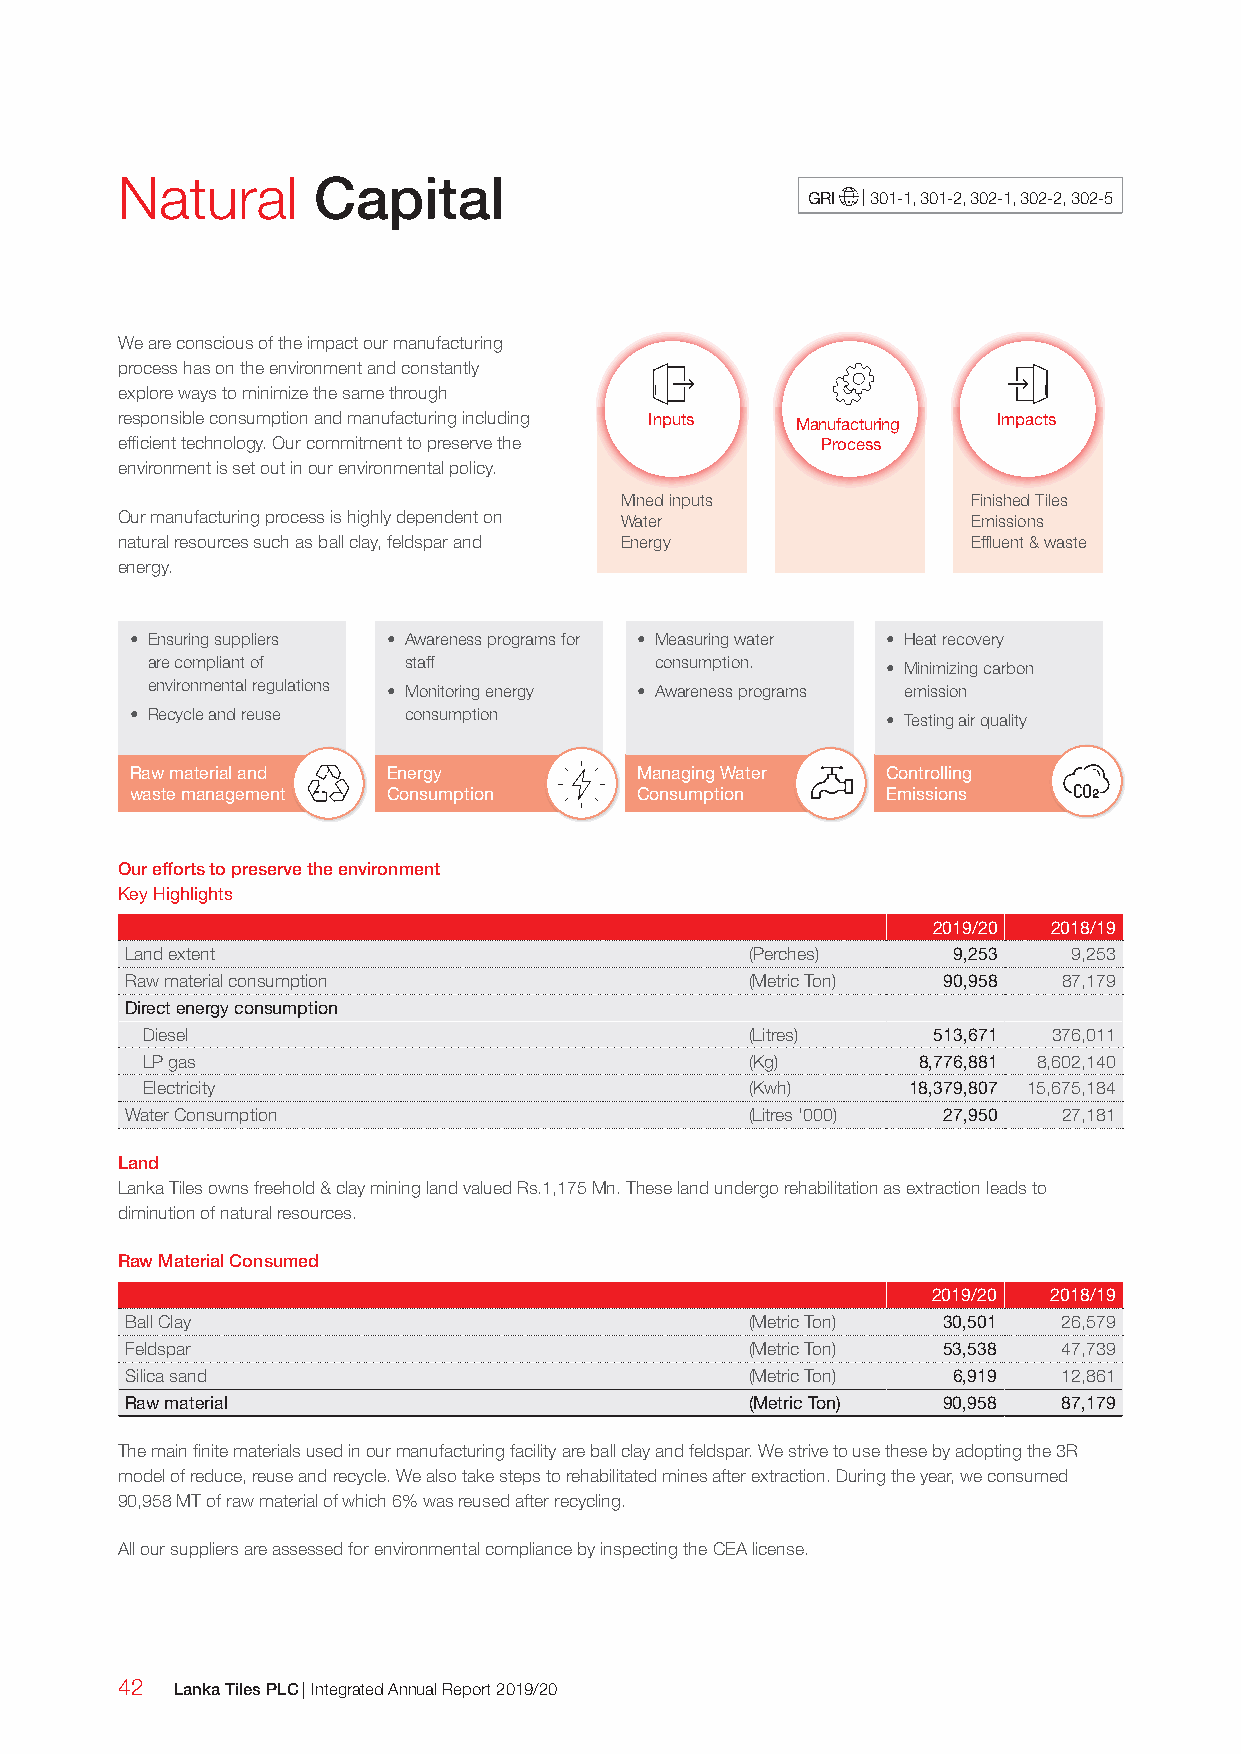
Natural      Capital
 GRI | 301-1, 301-2, 302-1, 302-2, 302-5
 We are conscious of the impact our manufacturing
 process has on the environment and constantly
 explore ways to minimize the same through
 responsible consumption and manufacturing including Inputs Manufacturing Impacts
 efficient technology. Our commitment to preserve the Process
 environment is set out in our environmental policy.
 Mined inputs           Finished Tiles
 Our manufacturing process is highly dependent on Water  Emissions
 natural resources such as ball clay, feldspar and Energy Effluent & waste
 energy.
 • Ensuring suppliers • Awareness programs for • Measuring water • Heat recovery
 are compliant of staff           consumption.    • Minimizing carbon
 environmental regulations • Monitoring energy • Awareness programs emission
 • Recycle and reuse consumption                   • Testing air quality
 Raw material and Energy          Managing Water   Controlling
 waste management Consumption     Consumption      Emissions
 Our efforts to preserve the environment
 Key Highlights
 2019/20 2018/19
 Land extent                               (Perches)    9,253   9,253
 Raw material consumption                  (Metric Ton) 90,958 87,179
 Direct energy consumption
 Diesel                                   (Litres)    513,671 376,011
 LP gas                                   (Kg)       8,776,881 8,602,140
 Electricity                              (Kwh)     18,379,807 15,675,184
 Water Consumption                         (Litres '000) 27,950 27,181
 Land
 Lanka Tiles owns freehold & clay mining land valued Rs.1,175 Mn. These land undergo rehabilitation as extraction leads to
 diminution of natural resources.
 Raw Material Consumed
 2019/20 2018/19
 Ball Clay                                 (Metric Ton) 30,501 26,579
 Feldspar                                  (Metric Ton) 53,538 47,739
 Silica sand                               (Metric Ton) 6,919  12,861
 Raw material                              (Metric Ton) 90,958 87,179
 The main finite materials used in our manufacturing facility are ball clay and feldspar. We strive to use these by adopting the 3R
 model of reduce, reuse and recycle. We also take steps to rehabilitated mines after extraction. During the year, we consumed
 90,958 MT of raw material of which 6% was reused after recycling.
 All our suppliers are assessed for environmental compliance by inspecting the CEA license.
 42  Lanka Tiles PLC | Integrated Annual Report 2019/20